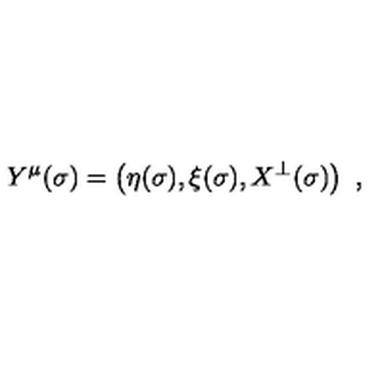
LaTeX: Y ^ { \mu } ( \sigma ) = \left( \eta ( \sigma ) , \xi ( \sigma ) , X ^ { \bot } ( \sigma ) \right) \ ,